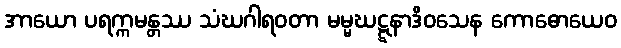
အာယော ပရက္ကမန္တဿ သံဃဂါရဝတာ မမ္မဃဋ္ဋနာဒိဝသေန ကောဓောယေဝ